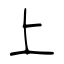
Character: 上